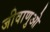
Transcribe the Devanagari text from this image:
जीवाणुओ